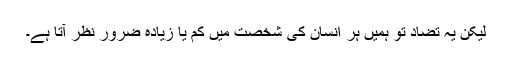
لیکن یہ تضاد تو ہمیں ہر انسان کی شخصت میں کم یا زیادہ ضرور نظر آتا ہے۔